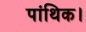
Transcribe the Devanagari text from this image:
पांथिक।